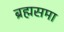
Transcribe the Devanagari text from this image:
ब्रह्मसमा